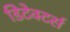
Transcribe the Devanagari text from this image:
डिटेक्टर्स